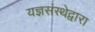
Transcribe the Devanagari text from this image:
यज्ञसंस्थेद्वारा